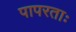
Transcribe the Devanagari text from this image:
पापरताः